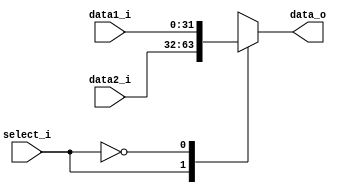
module MUX32
(
	data1_i,
    data2_i,
    select_i,
    data_o
);

input	[31:0]	data1_i, data2_i;
input			select_i;
output	[31:0]	data_o;

reg		[31:0]	data_o;

always @(data1_i or data2_i or select_i) begin
	case(select_i)
		1: data_o = data2_i;
		0: data_o = data1_i;
	endcase
end

endmodule